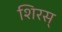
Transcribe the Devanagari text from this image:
शिरस्